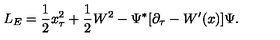
L _ { E } = { \frac { 1 } { 2 } } x _ { \tau } ^ { 2 } + { \frac { 1 } { 2 } } W ^ { 2 } - \Psi ^ { \ast } [ \partial _ { \tau } - W ^ { \prime } ( x ) ] \Psi .